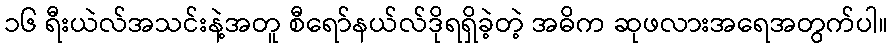
၁၆ ရီးယဲလ်အသင်းနဲ့အတူ စီရော်နယ်လ်ဒိုရရှိခဲ့တဲ့ အဓိက ဆုဖလားအရေအတွက်ပါ။